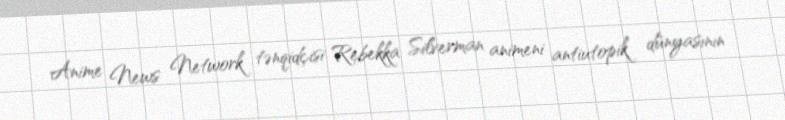
Anime News Network tənqidçisi Rebekka Silverman animeni antiutopik dünyasının